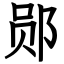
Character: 郧